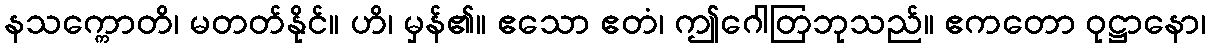
နသက္ကောတိ၊ မတတ်နိုင်။ ဟိ၊ မှန်၏။ ဧသော ဧတံ၊ ဤဂေါတြဘုသည်။ ဧကတော ဝုဋ္ဌာနော၊